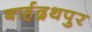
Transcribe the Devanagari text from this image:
बार्हद्रथपुर